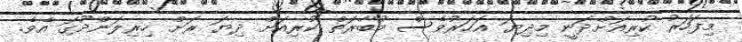
މިފަހަރު ކުރިއަށްދަނީ މިދިޔަ އަހަރުވެސް މުބާރަތް ކުރިއަށް ދިޔަ ރަށް ހިރިލަންދޫގަ އެވެ.